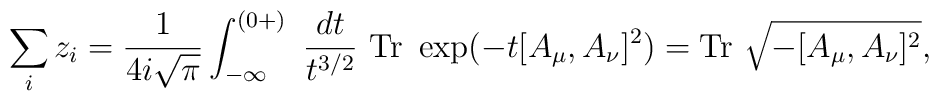
\sum_iz_i=\frac{1}{4i\sqrt{\pi}}\int_{-\infty}^{(0+)}~\frac{dt}{t^{3/2}}~{\rm Tr}~\exp (-t[A_\mu,A_\nu]^2)={\rm Tr}~\sqrt{-[A_\mu,A_\nu]^2},